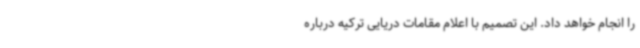
را انجام خواهد داد. این تصمیم با اعلام مقامات دریایی ترکیه درباره